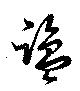
鹽